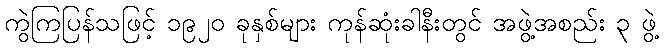
ကွဲကြပြန်သဖြင့် ၁၉၂၀ ခုနှစ်များ ကုန်ဆုံးခါနီးတွင် အဖွဲ့အစည်း ၃ ဖွဲ့